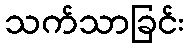
သက်သာခြင်း